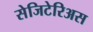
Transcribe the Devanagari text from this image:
सेजिटेरिअस